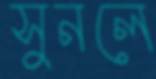
সুনলে